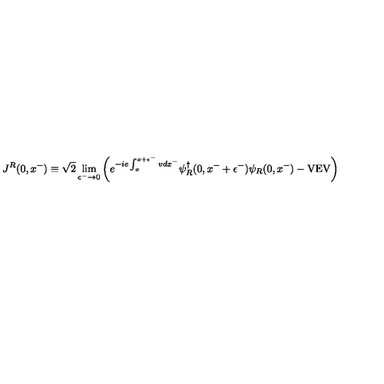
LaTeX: J ^ { R } ( 0 , x ^ { - } ) \equiv \sqrt { 2 } \lim _ { \epsilon ^ { - } \rightarrow 0 } \left( e ^ { - i e \int _ { x } ^ { x + \epsilon ^ { - } } v d x ^ { - } } \psi _ { R } ^ { \dagger } ( 0 , x ^ { - } + \epsilon ^ { - } ) \psi _ { R } ( 0 , x ^ { - } ) - \mathrm { V E V } \right)